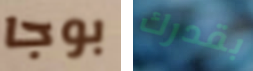
بوجا بقدرك